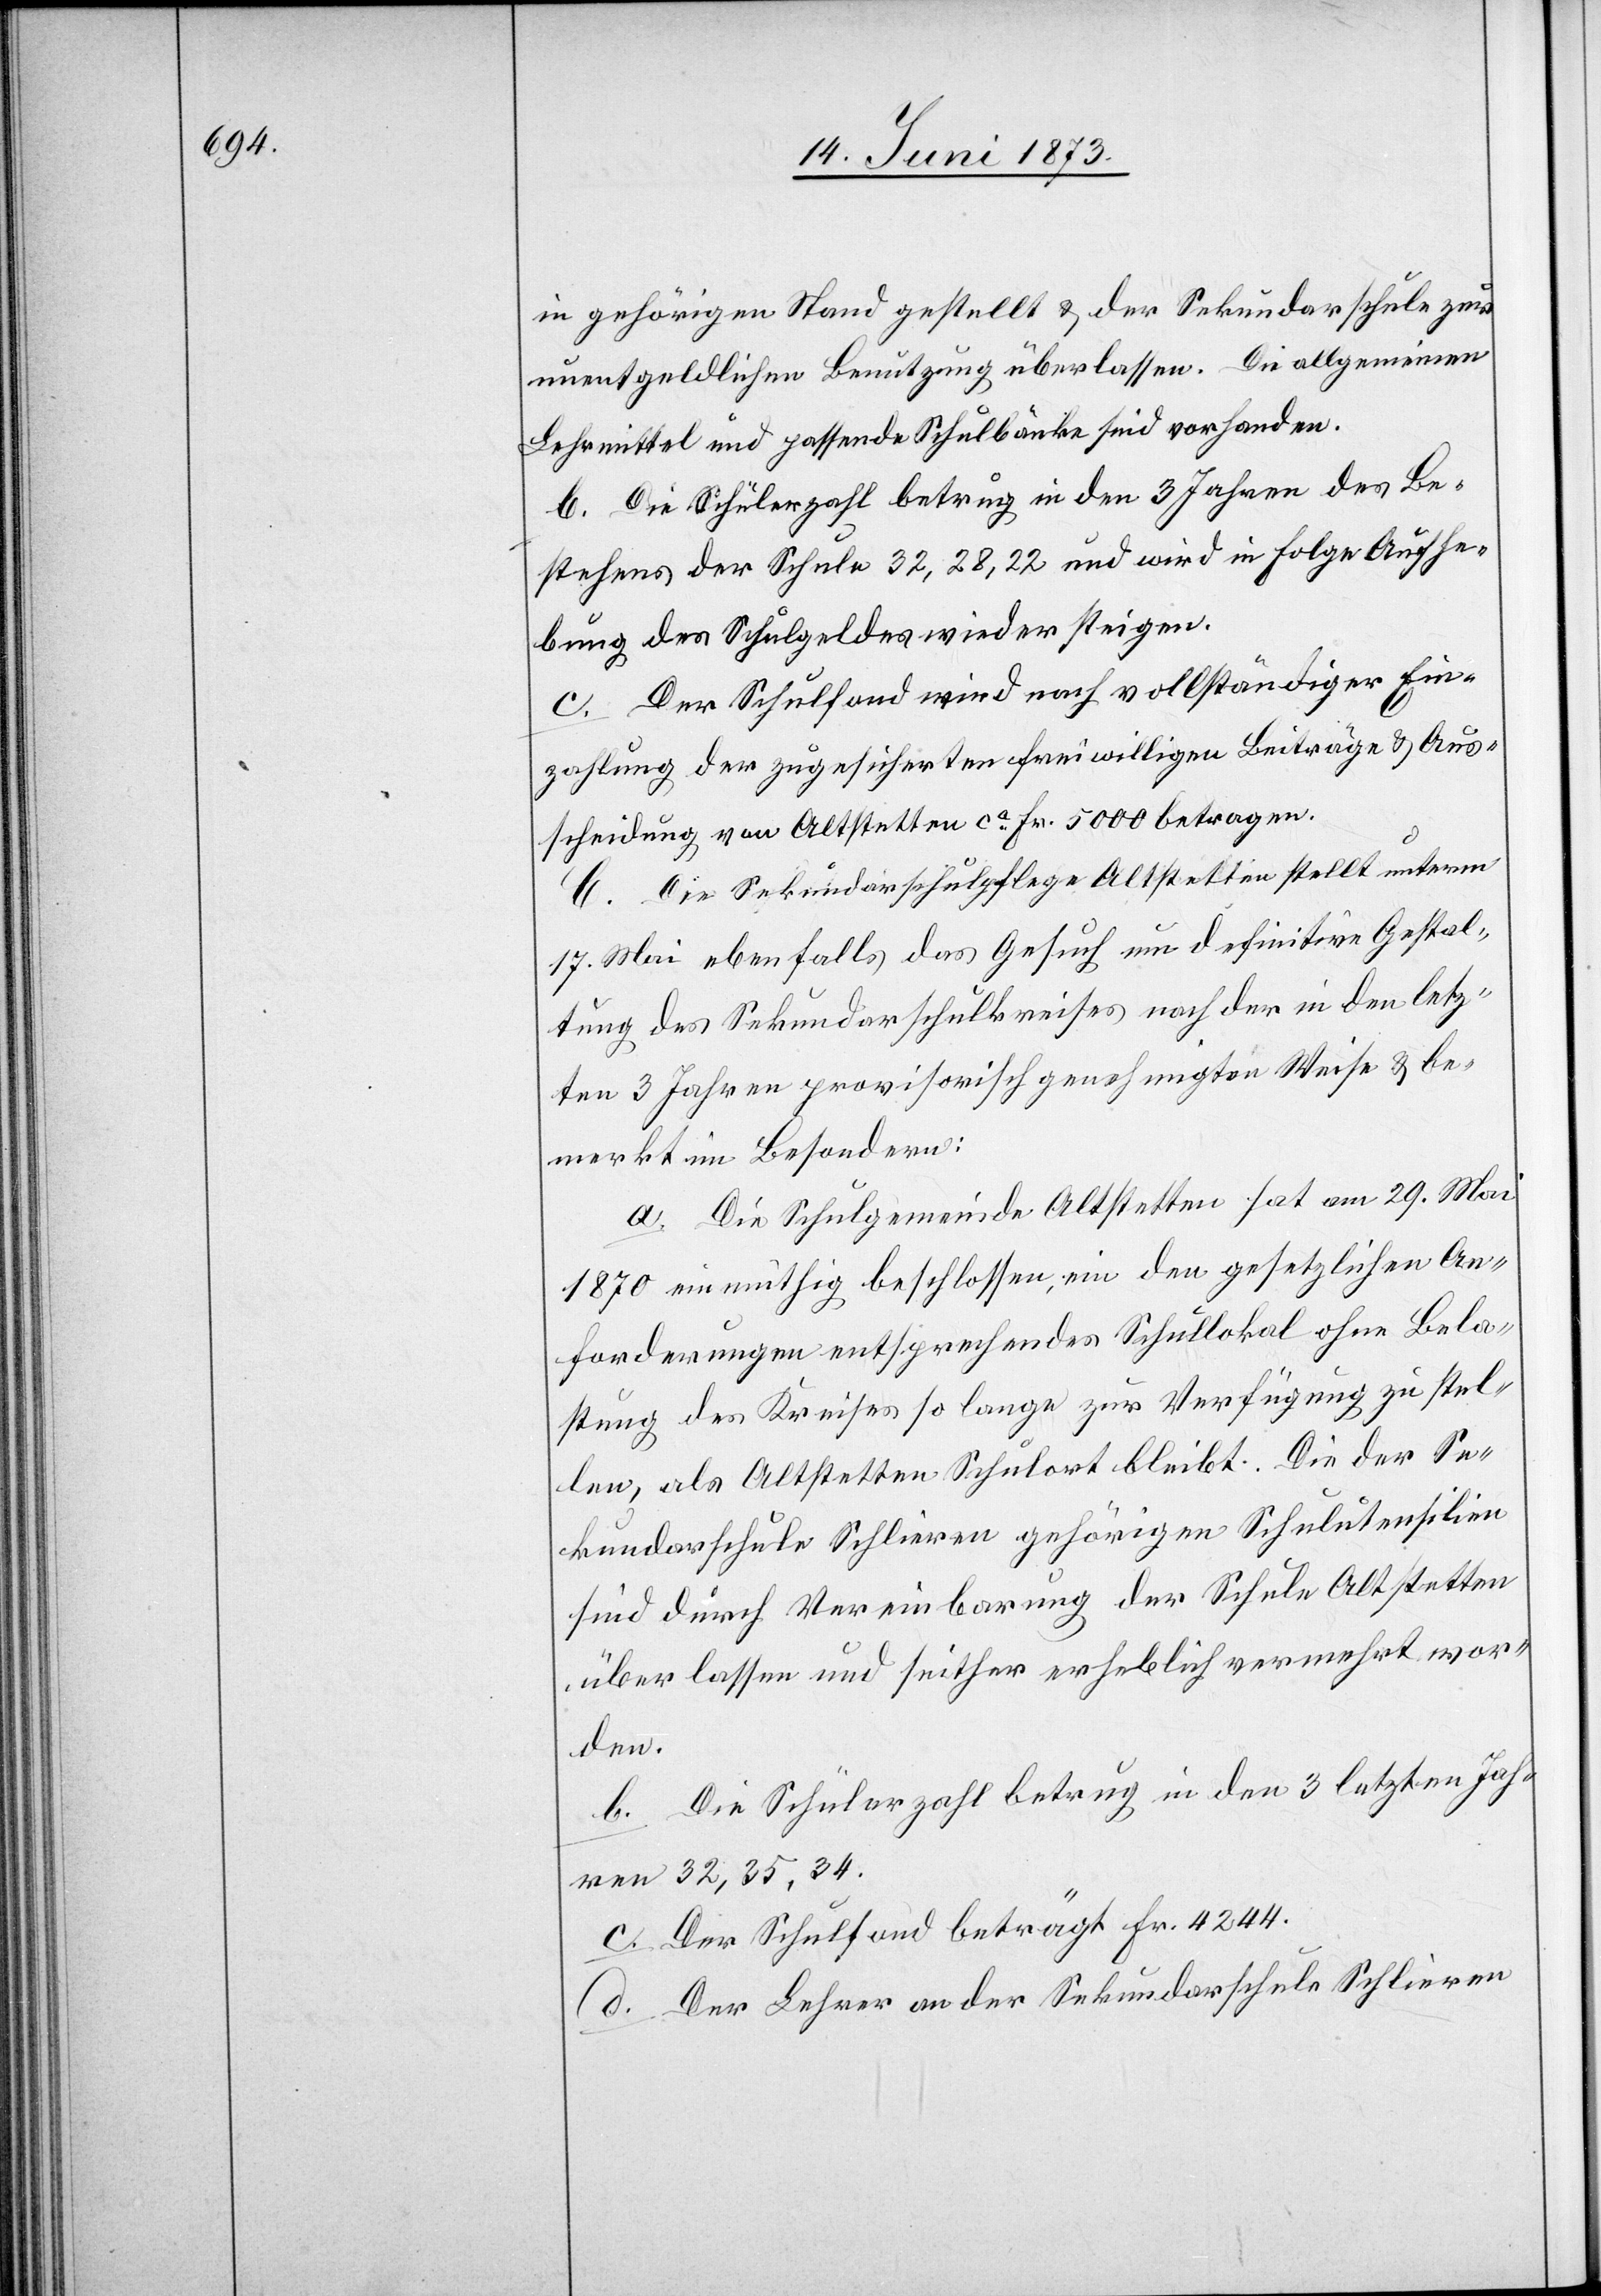
in gehörigen Stand gestellt & der Sekundarschule zur
unentgeldlichen Benutzung überlassen. Die allgemeinen
Lehrmittel und passende Schulbänke sind vorhanden.
b. Die Schülerzahl betrug in den 3 Jahren des Be¬
stehens der Schule 32, 28, 22 und wird in Folge Aufhe¬
bung des Schulgeldes wieder steigen.
c. Der Schulfond wird nach vollständiger Ein¬
zahlung der zugesicherten freiwilligen Beiträge & Aus¬
scheidung von Altstetten ca Fr. 5 000 betragen.
C. Die Sekundarschulpflege Altstetten stellt unterm
17. Mai ebenfalls das Gesuch um definitive Gestal¬
tung des Sekundarschulkreises nach der in den letz¬
ten 3 Jahren provisorisch genehmigten Weise & be¬
merkt im Besondern:
a. Die Schulgemeinde Altstetten hat am 29. Mai
1870 einmüthig beschlossen, ein den gesetzlichen An¬
forderungen entsprechendes Schullokal ohne Bela¬
stung des Kreises so lange zur Verfügung zu stel¬
len, als Altstetten Schulort bleibt. Die der Se¬
kundarschule Schlieren gehörigen Schulutensilien
sind durch Vereinbarung der Schule Altstetten
überlassen und seither erheblich vermehrt wor¬
den.
b. Die Schülerzahl betrug in den 3 letzten Jah¬
ren 32, 25, 34.
c. Der Schulfond beträgt Fr. 4 244.
d. Der Lehrer an der Sekundarschule Schlieren